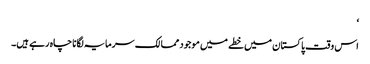
‘
اس وقت پاکستان میں خطے میں موجود ممالک سرمایہ لگانا چاہ رہے ہیں۔